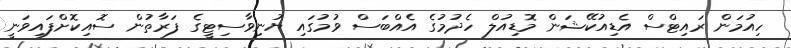
ހިއުމަން ރައިޓްސް އެޑިއުކޭޝަން މޮޑިއުލް ހެދުމުގެ އެއްބަސް ވުމުގައި ޔުނިވާސިޓީގެ ފަރާތުން ސޮއިކޮށްފައިވަނީ